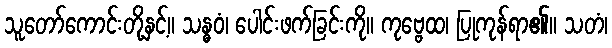
သူတော်ကောင်းတို့နှင့်။ သန္ဓဝံ၊ ပေါင်းဖက်ခြင်းကို။ ကုဗ္ဗေထ၊ ပြုကုန်ရာ၏။ သတံ၊